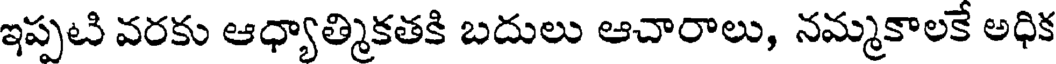
ఇప్పటి వరకు ఆధ్యాత్మికతకి బదులు ఆచారాలు, నమ్మకాలకే అధిక